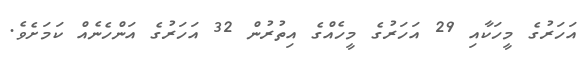
އަހަރުގެ މީހަކާއި 29 އަހަރުގެ މީހެއްގެ އިތުރުން 32 އަހަރުގެ އަންހެނެއް ކަމަށެވެ.